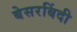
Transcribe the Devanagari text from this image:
बेसरबिंदी